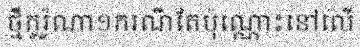
ថ្មីកូរ៉ូណា១ករណីតែប៉ុណ្ណោះនៅលើ